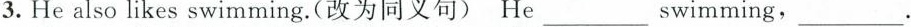
3. He also likes swimming.(改为同义句) He ___ swimming, ___.